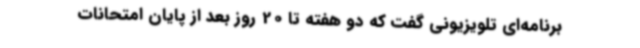
برنامه‌ای تلویزیونی گفت که دو هفته تا 20 روز بعد از پایان امتحانات